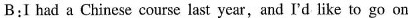
B:I had a Chinese course last year,and I'd like to go on